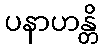
ပနာဟန္တိ